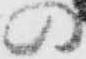
の